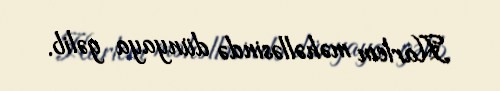
Harlem məhəlləsində dünyaya gəlib.